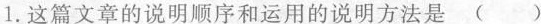
1.文篇文音的说明顺和运用的说明方法是（）